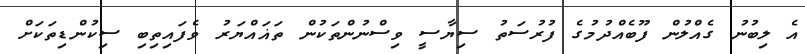
އެ ލިބުނު ގެއްލުން ފޫބެއްދުމުގެ ފުރުސަތު ސިޔާސީ ވިސްނުންތަކުން ތަޣައްޔަރު ވެފައިތިބި ސިކުންޑިތަކަށް